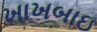
ખાખબાઇ